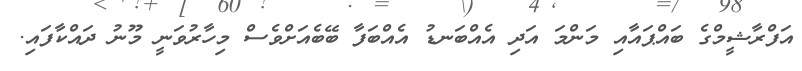
އަފްރާޝީމްގެ ބައްޕައާއި މަންމަ އަދި އެއްބަނޑު އެއްބަފާ ބޭބެއަށްވެސް މިހާރުވަނީ މޫނު ދައްކާފައި.